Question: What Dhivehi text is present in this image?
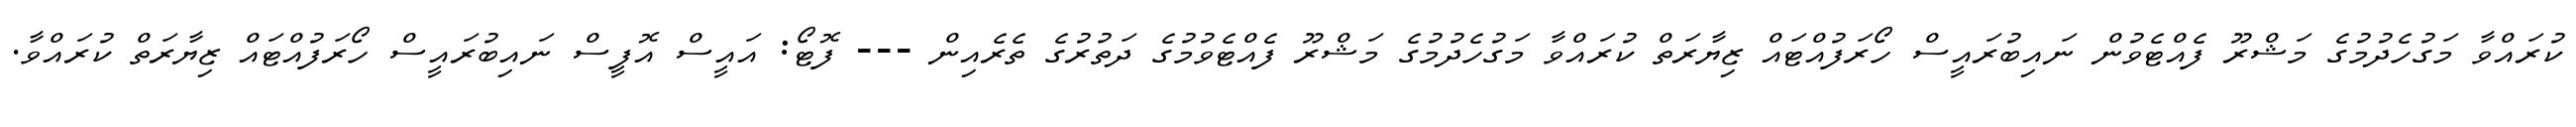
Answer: ކުރައްވާ މަގުހެދުމުގެ މަޝްރޫ ފެއްޓެވުން ނައިބުރައީސް ހޯރަފުއްޓައް ޒިޔާރަތް ކުރައްވާ މަގުހެދުމުގެ މަޝްރޫ ފެއްޓެވުމުގެ ދަތުރުގެ ތެރެއިން --- ފޮޓޯ: އައީސް އޮފީސް ނައިބުރައީސް ހޯރަފުއްޓައް ޒިޔާރަތް ކުރައްވާ.